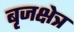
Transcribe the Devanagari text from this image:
बृजक्षेत्र